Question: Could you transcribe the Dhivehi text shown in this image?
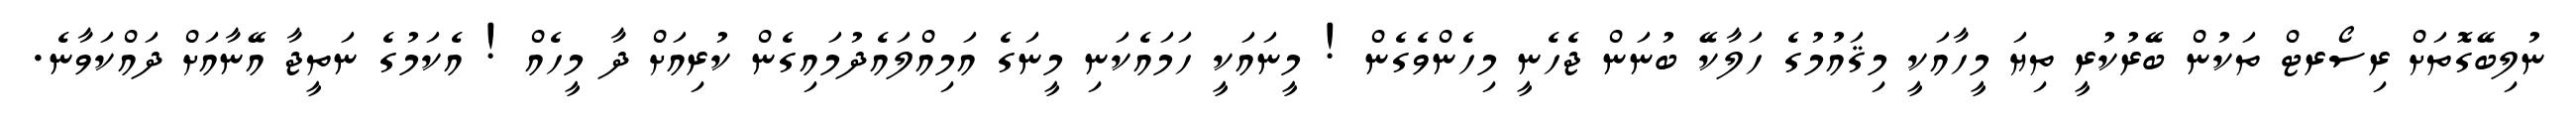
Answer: ނުލިބޭގޮތަށް ރިސޯރޓް ތަކުން ބޭރުކުރީ ތިޔަ މީހާއަކީ މިޤައުމުގެ ހަލާކޭ ބުނަން ޖެހެނީ މިހެންވެގެން ! މީނައަކީ ހަމައެކަނި މީނަގެ އަމިއްލައެދުމައިގެން ކުރިއަށް ދާ މީހެއް ! އެކަމުގެ ނަތީޖާ އޭނާއަށް ދައްކަވާނެ.